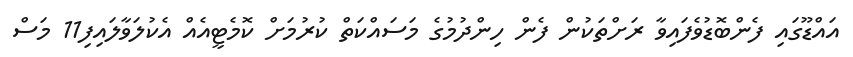
އައްޑޫގައި ފެންބޮޑުވެފައިވާ ރަށްތަކުން ފެން ހިންދުމުގެ މަސައްކަތް ކުރުމަށް ކޮމެޓީއެއް އެކުލަވާލައިފި11 މަސް